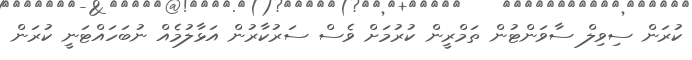
ކުރަން ސިވިލް ސާވަންޓުން ތަމްރީން ކުރުމަށް ވެސް ސަރުކާރުން އަޅާލުމެއް ނުބަހައްޓަނީ ކުރަން